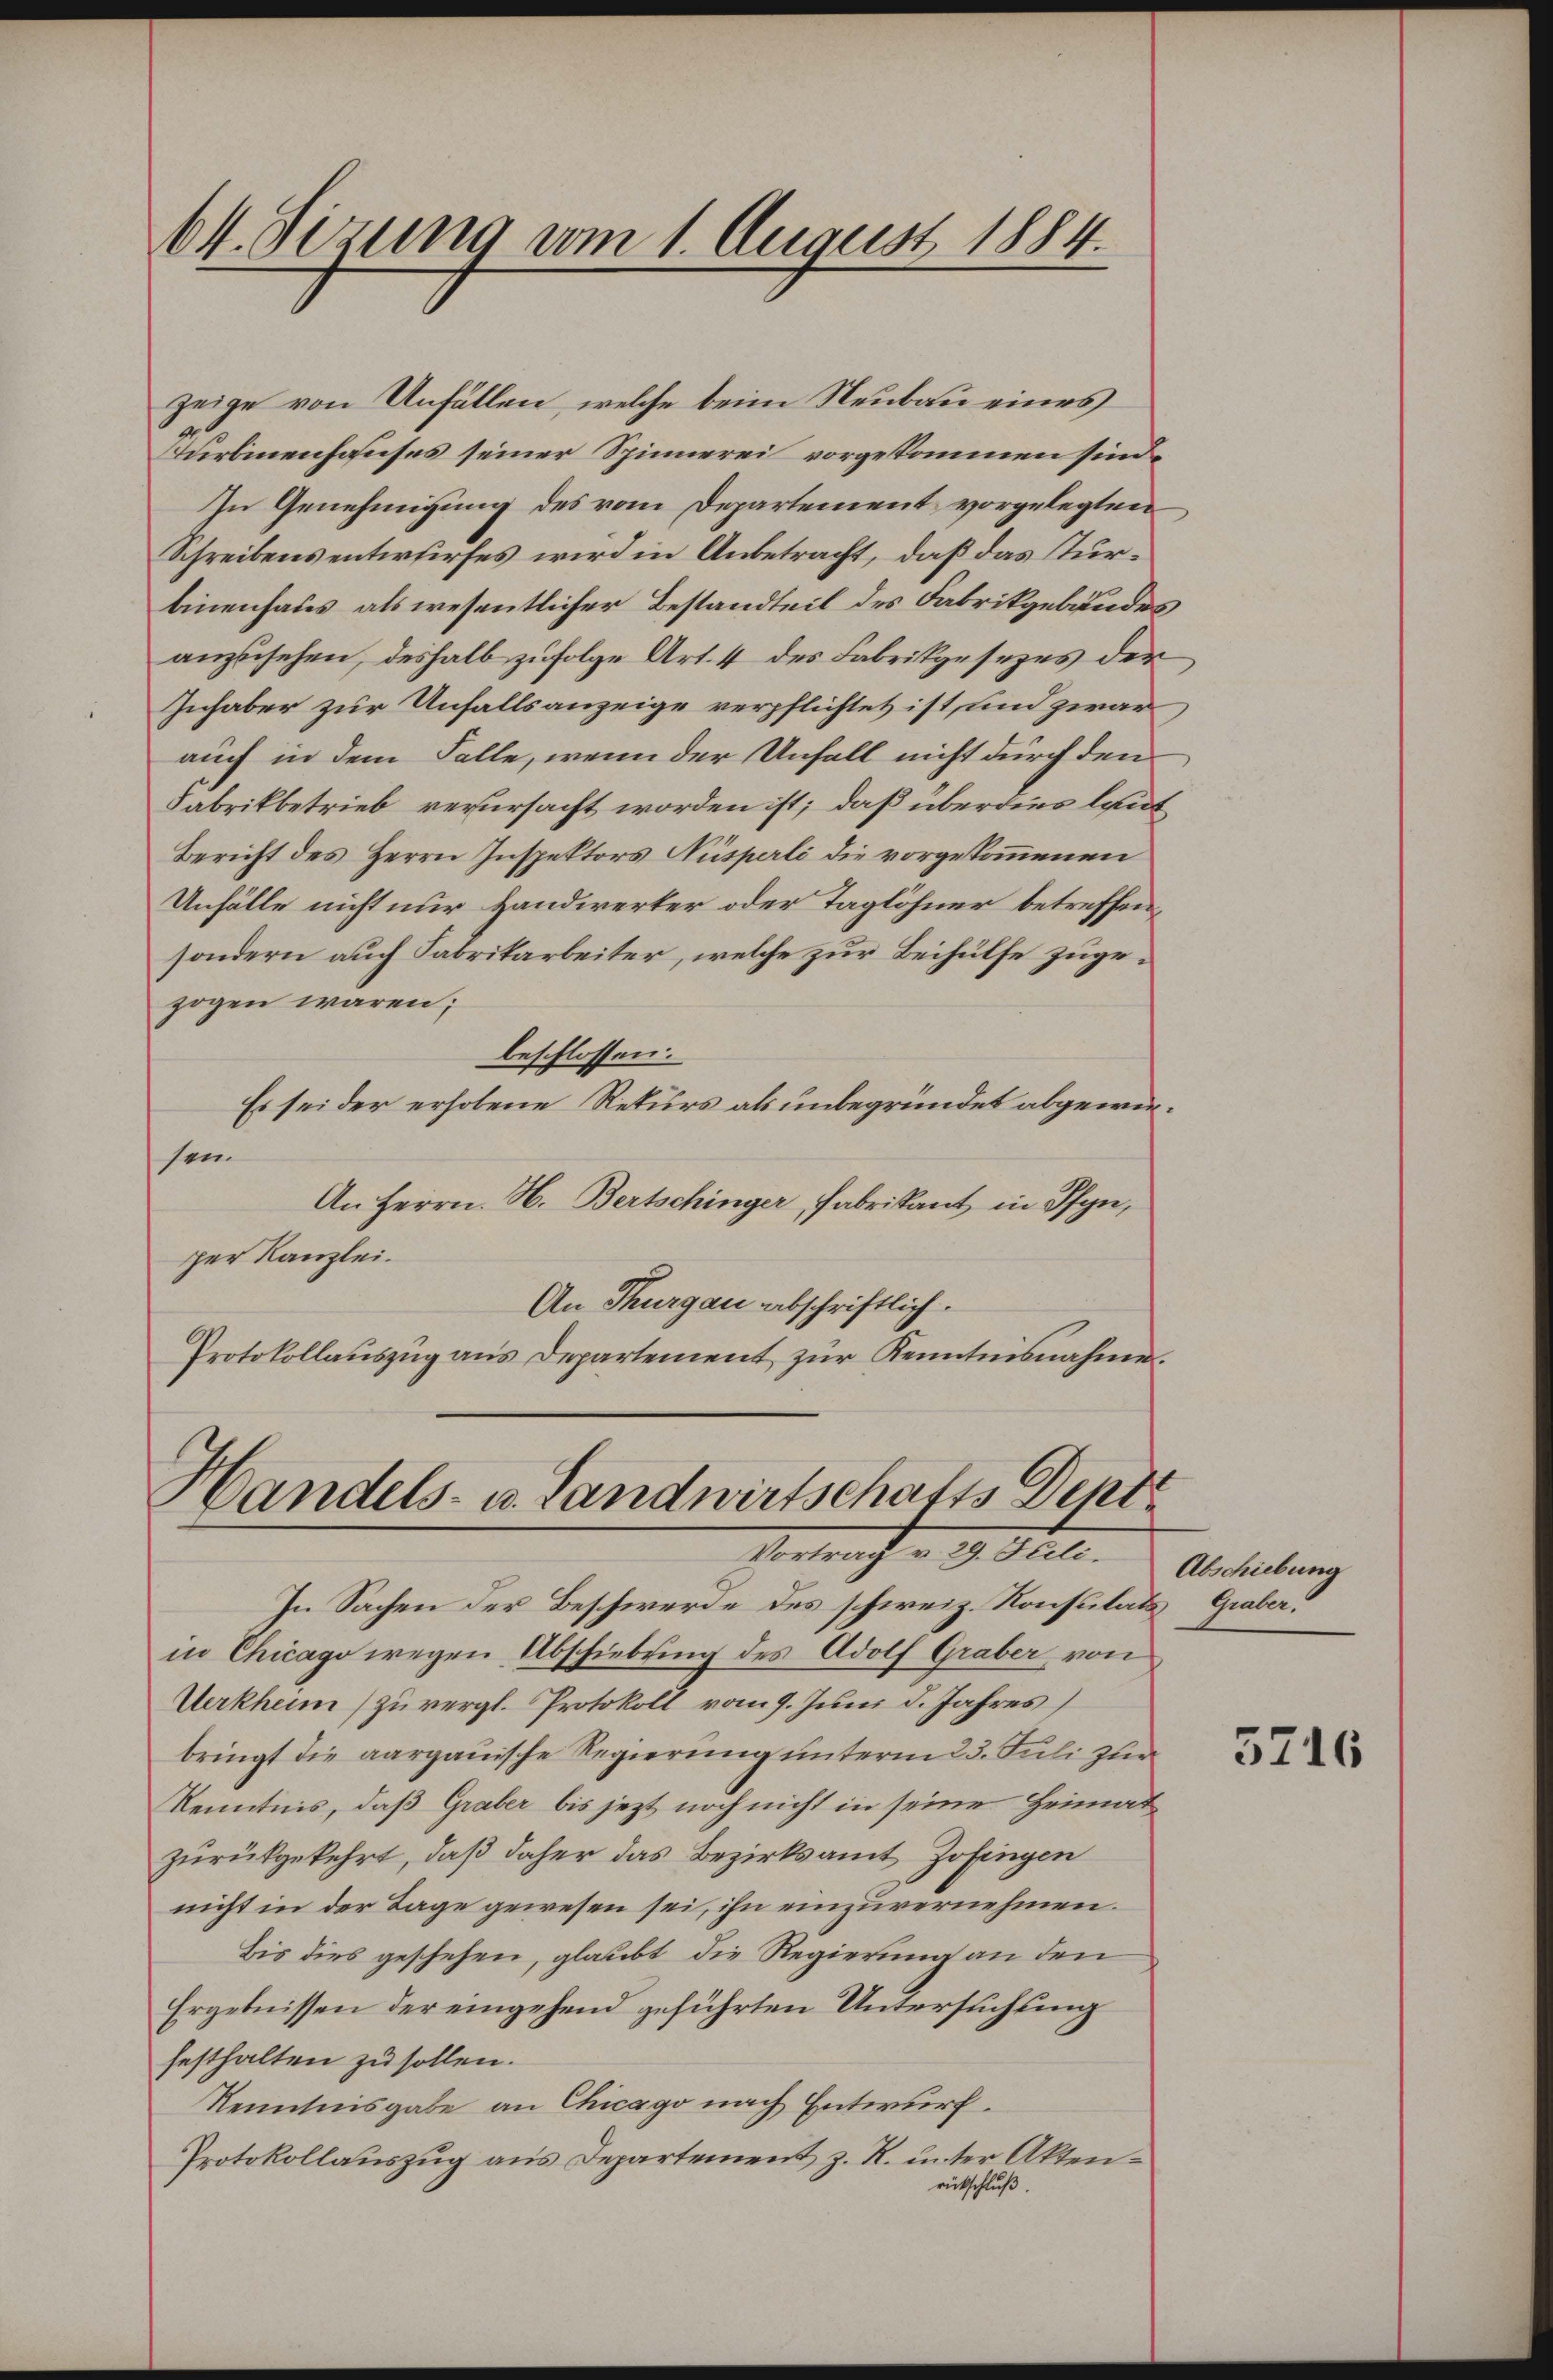
Okt. Sizung vom 1. August 1884.

zeige von Unfällen, welche beim Neubau eines
urlinenhauses seiner Spinnerei vorgekommen sind.
In Genehmigung des vom Departement vorgelegten
Schreibens entwurfes wird in Anbetracht, daß das Turbinenhaus als wesentlicher Bestandteit des Fabrikgebäudes
anzusehen, deshalb zufolge Art. 4 des Fabrikgesezes der
Inhaber zur Unfalls anzeige verpflichtet ist, und zwar
auch in dem Falle, wenn der Unfall nicht durch den
Fabrikbetrieb verursacht worden ist; daß überdies laut
Bericht des Herrn Inspektors Nüsperli die vorgekommenen
Unfälle nicht nur Handwerker oder Taglöhner betreffensondern auch Fabrikarbeiter, welche zur Beihülfe zugezogen wären;
beschlossen:
Es sei der erhobene Rekurs als unbegründet abgewirsen.
An Herrn. N. Bertschinger, Fabrikant in Pfyn,
per Kanzlei.
An Thurgau abschriftlich.
Protokollaŭszŭg ans Departement zŭr Kenntnisnahme.

Handels- u. Landwirtschafts Dept
Vortrach u. 19. Seele. Abschreibung

In Sachen der Beschwerde des schweiz. Konsulats Graber
in Chicago wegen Abschiebung des Adolf Graber von
Verkheim) zu vergl. Protokoll vom 9. Juni d. Jahres,
bringt die aargauische Regierung unterm 23. Juli zur
Kenntnis, daß Graber bis jezt noch nicht in seine Heimatzurükgekehrt, daß daher das Bezirksamt Zofingen
nicht in der Tage gewesen sei, ihn einzuvernehmen.
Bis dies geschehen, glaubt die Regierung an den
Ergebnissen der eingehend geführten Untersuchung
festhalten zu sollen.
Kenntnisgabe an Chicago nach Entwurf.
Protokollauszug aus Departement z. R. unter Aktenrückschluß.

5716